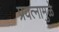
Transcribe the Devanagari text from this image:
प्रयत्‍नामुळे